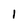
Character: l